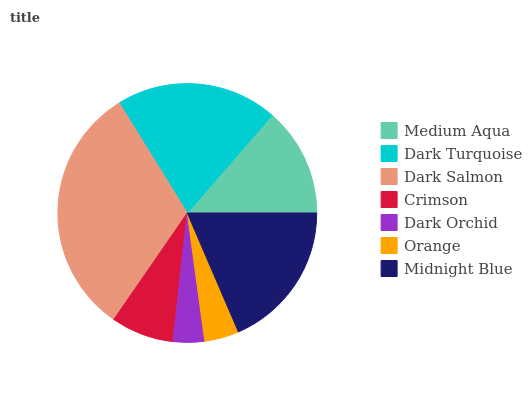
| Medium Aqua | Dark Turquoise | Dark Salmon | Crimson | Dark Orchid | Orange | Midnight Blue |
 | --- | --- | --- | --- | --- | --- | --- |
 | 13.6% | 20.2% | 31.5% | 7.86% | 3.91% | 4.3% | 18.6% |